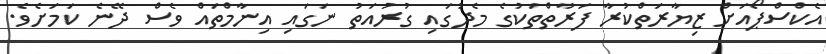
އެކްސްޕޯއަށް ޒިޔާރަތްކުރާ ފަރާތްތަކުގެ މެދުގައި ގުރުއަތު ނަގައި އިނާމްތައް ވެސް ދޭނެ ކަަމަށެވެ.